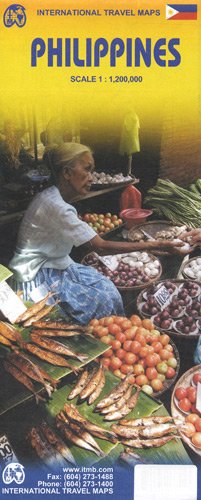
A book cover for Philippines 1:1,200,000 Travel Map (International Travel Maps); ITM Canada; Travel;